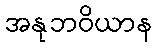
အနုဘဝိယာန